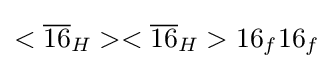
<{\overline {16}}_{H}><{\overline {16}}_{H}>16_{f}16_{f}